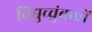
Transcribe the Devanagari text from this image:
विद्युच्चुंबकों